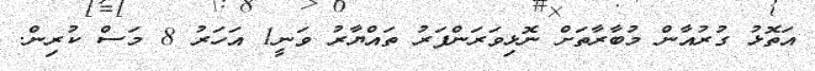
އަތޮޅު ގުރުއާން މުބާރާތަށް ނޮޅިވަރަންފަރު ތައްޔާރު ވަނީ1 އަހަރު 8 މަސް ކުރިން.